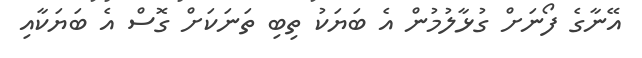
އޭނާގެ ފޯނަށް ގުޅާލުމުން އެ ބަޔަކު ތިބި ތަނަކަށް ގޮސް އެ ބަޔަކާއި